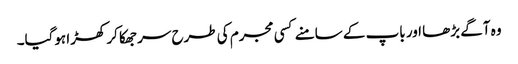
وہ آگے بڑھا اور باپ کے سامنے کسی مجرم کی طرح سر جھکا کر کھڑا ہوگیا۔